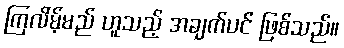
ကြလိမ့်မည် ဟူသည့် အချက်ပင် ဖြစ်သည်။